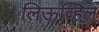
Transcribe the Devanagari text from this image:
लिऊव्हिल